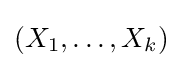
(X_{1},\ldots ,X_{k})